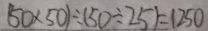
( 5 0 \times 5 0 ) \div ( 5 0 \div 2 5 ) = 1 2 5 0